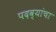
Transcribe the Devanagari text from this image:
पदव्यांचा